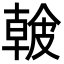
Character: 𥀐